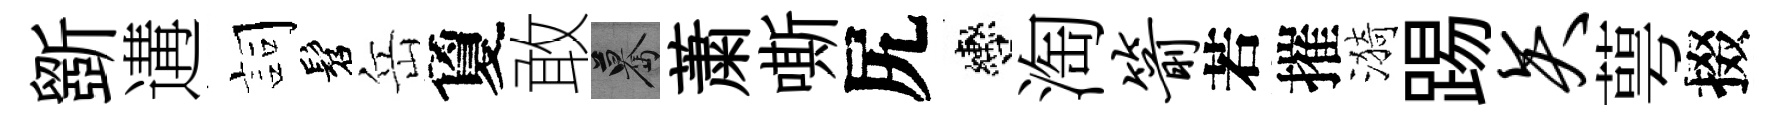
斵遘詞髫岳夐敢驀䔥嘶尻轡淘箭若摧漪踢矢萼掇